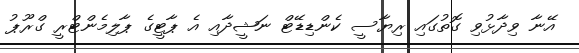
އޭނާ ވިދާޅުވި ގޮތުގައި ރިޔާސީ ކެންޑިޑޭޓް ނަޝީދާއި އެ ޕާޓީގެ ޕާލިމެންޓްރީ ގްރޫޕު